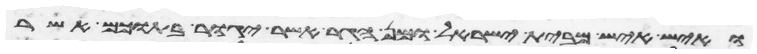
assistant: ואיש איש מבית ישראל ומן הגר אשר יגור בתוכם אשר